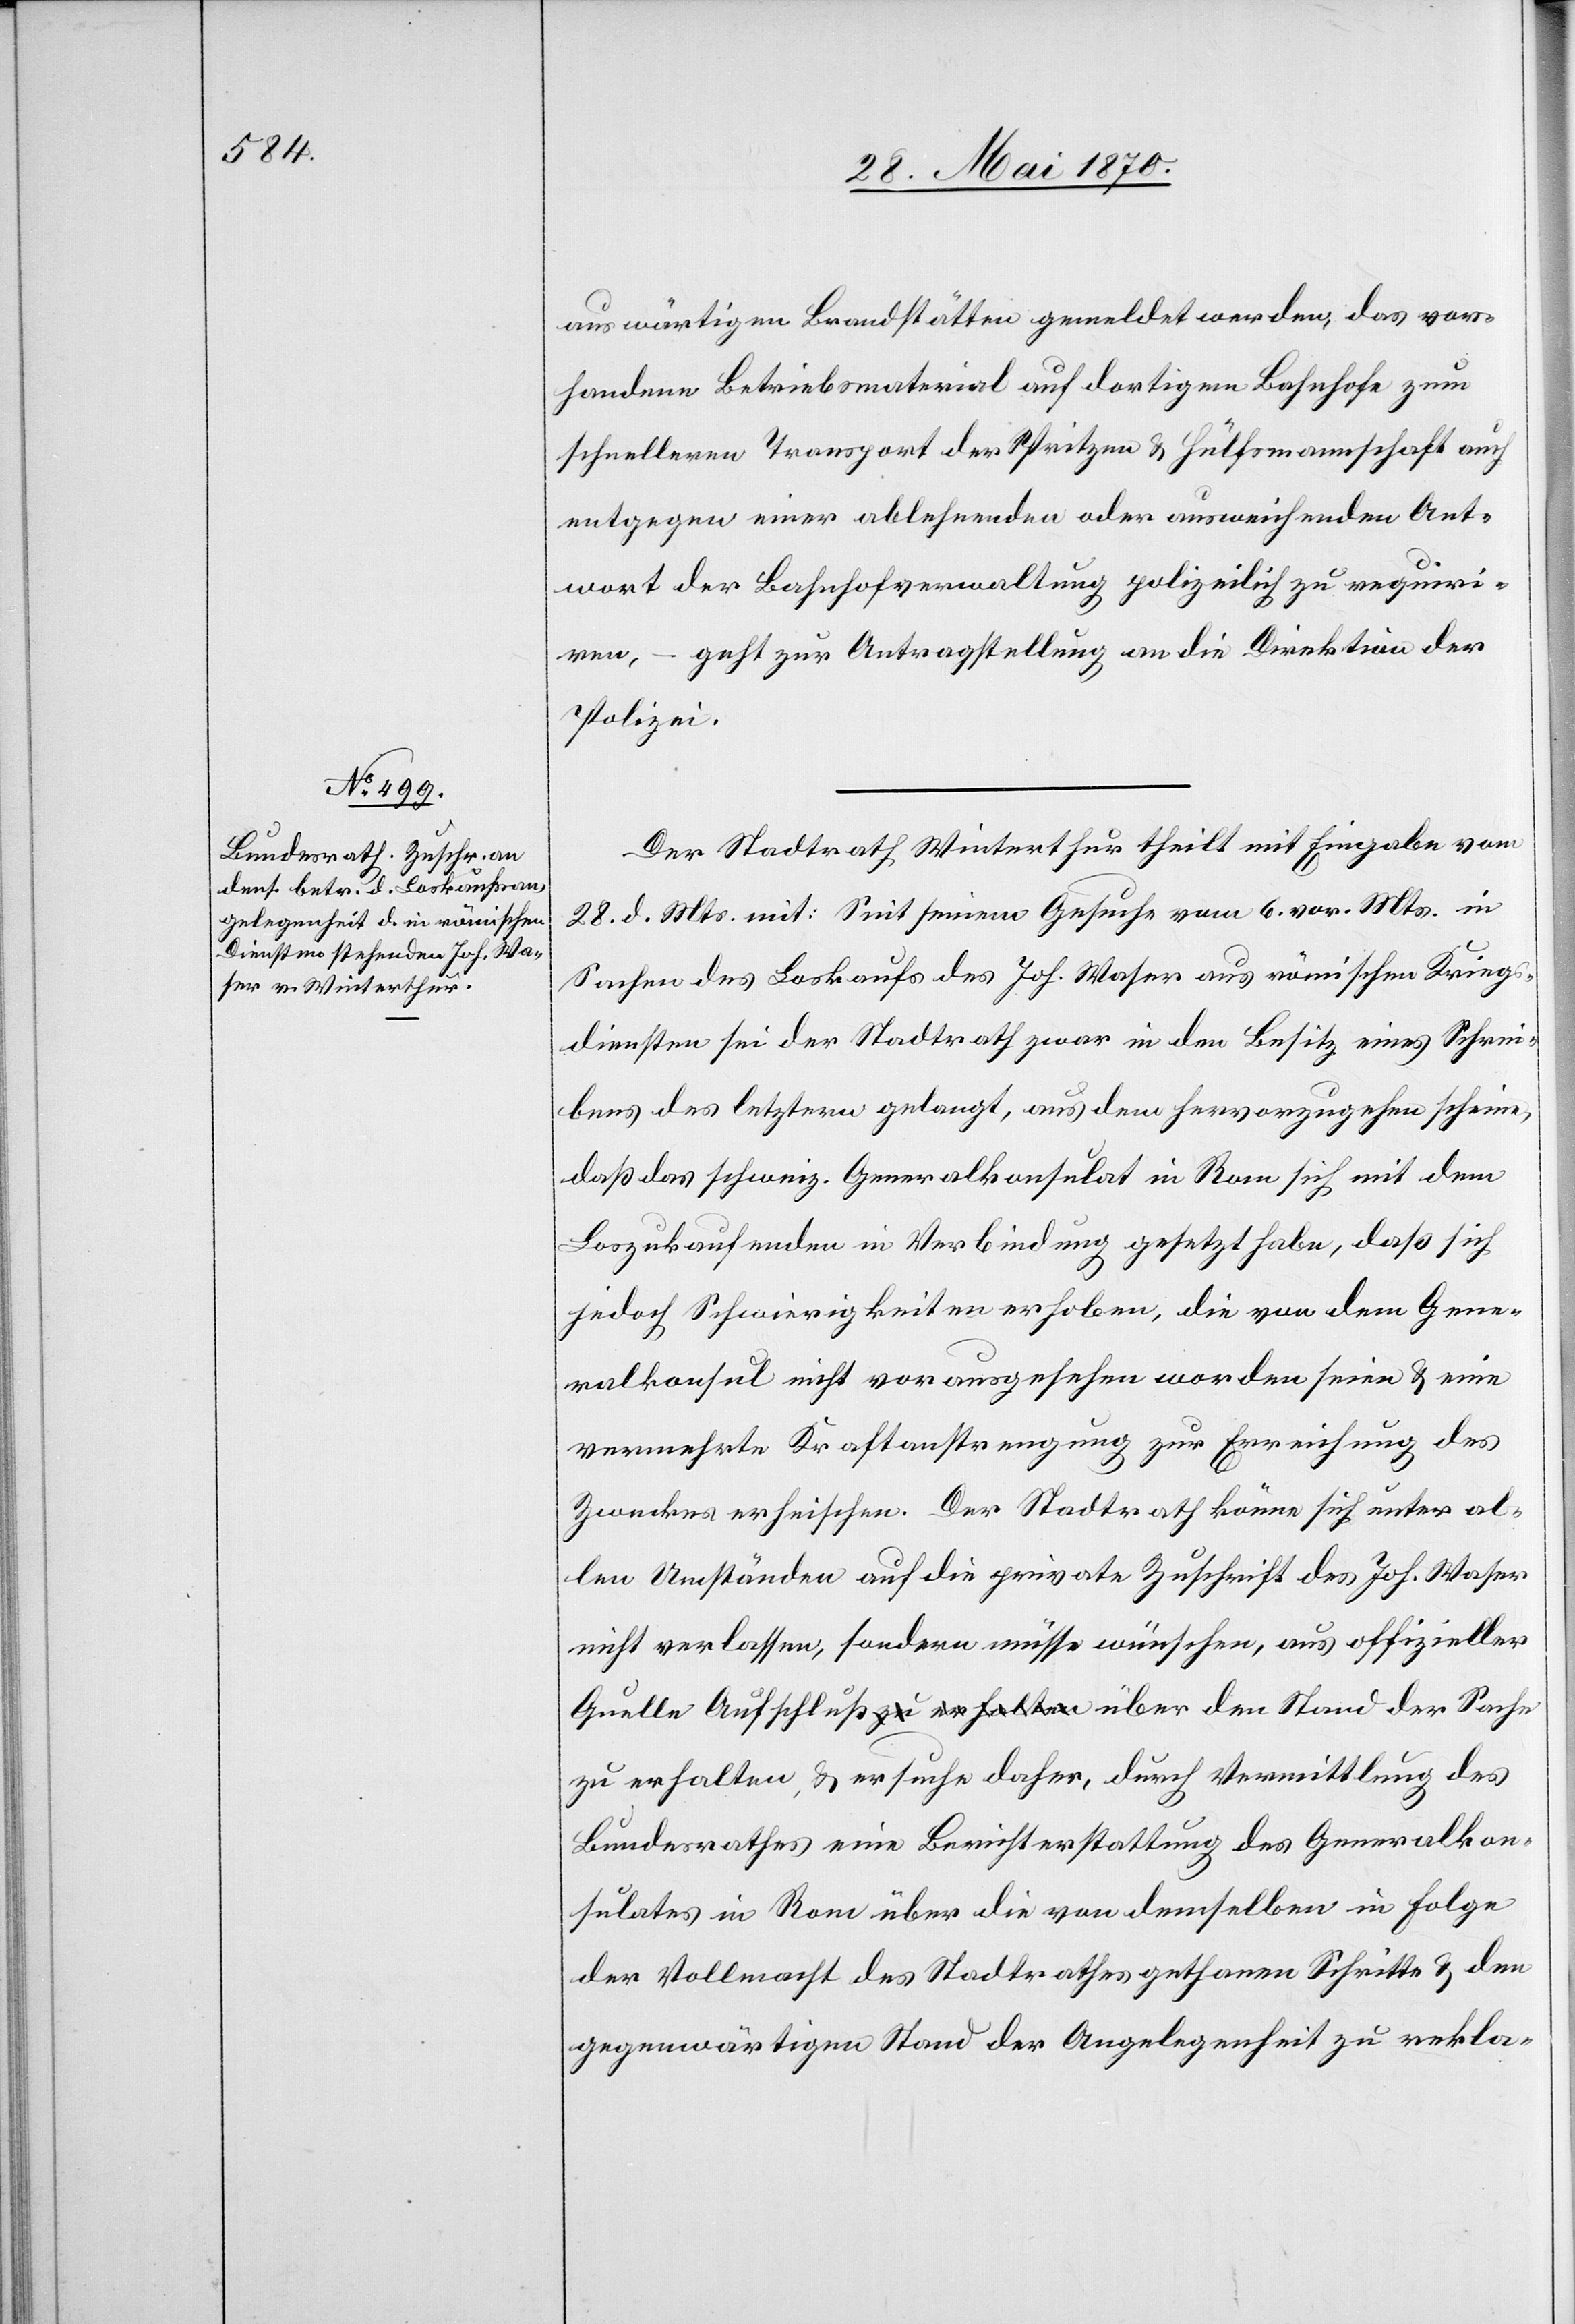
30. Mai 1870.]
auswärtigen Brandstätten gemeldet werden, das vor¬
handene Betriebsmaterial auf dortigem Bahnhofe zum
schnelleren Transport der Spritzen & Hülfsmannschaft auch
entgegen einer ablehnenden oder ausweichenden Ant¬
wort der Bahnhofverwaltung polizeilich zu requi¬
rien, – geht zur Antragstellung an die Direktion der
Polizei.
Der Stadtrath Winterthur theilt mit Eingabe vom
28. d. Mts. mit: Seit seinem Gesuche vom 6. vor. Mts. in
Sachen des Loskaufs des Joh. Waser aus römischen Kriegs¬
diensten sei der Stadtrath zwar in den Besitz eines Schrei¬
bens des letztern gelangt, aus dem hervorzugehen scheine,
daß das schweiz. Generalkonsulat in Rom sich mit dem
Loszukaufenden in Verbindung gesetzt habe, daß sich
jedoch Schwierigkeiten erhoben, die von dem Gene¬
ralkonsul nicht vorausgesehen worden seien & eine
vermehrte Kraftanstrengung zur Erreichung des
Zweckes erheischen. Der Stadtrath könne sich unter al¬
len Umständen auf die private Zuschrift des Joh. Waser
nicht verlassen, sondern müsse wünschen, aus offizieller
Quelle Aufschluß a-zu erhalten-a über den Stand der Sache
zu erhalten, & ersuche daher, durch Vermittlung des
Bundesrathes eine Berichterstattung des Generalkon¬
sulates in Rom über die von demselben in Folge
der Vollmacht des Stadtrathes gethanen Schritte & den
gegenwärtigen Stand der Angelegenheit zu rekla-